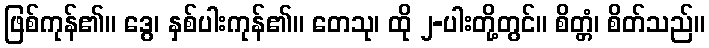
ဖြစ်ကုန်၏။ ဒွေ၊ နှစ်ပါးကုန်၏။ တေသု၊ ထို ၂-ပါးတို့တွင်။ စိတ္တံ၊ စိတ်သည်။